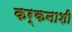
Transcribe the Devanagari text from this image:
कर्कनाशी